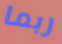
ربما